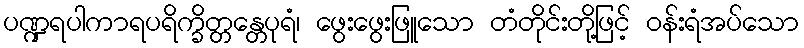
ပဏ္ဍရပါကာရပရိက္ခိတ္တန္တေပုရံ၊ ဖွေးဖွေးဖြူသော တံတိုင်းတို့ဖြင့် ဝန်းရံအပ်သော